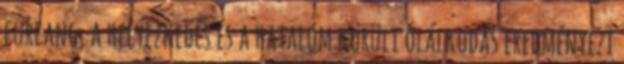
furfang, a helyezkedés és a hatalom körüli ólálkodás eredményezi